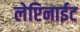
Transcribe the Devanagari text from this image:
लेप्टिनाईट